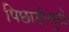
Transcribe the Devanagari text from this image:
पिछाडीमुळे